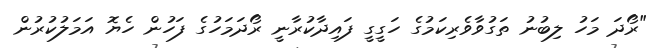
"ރޯދަ މަހު ލިބުނު ތަގުވާވެރިކަމުގެ ހަގީގީ ފައިދާކުރާނީ ރޯދަމަހުގެ ފަހުން ހެޔޮ އަމަލުކުރުން